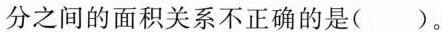
分之间的面积关系不正确的是()。